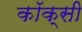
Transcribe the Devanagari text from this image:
कॉक्सी